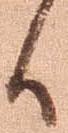
候